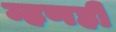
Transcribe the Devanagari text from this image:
म्हणही